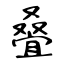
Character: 叠